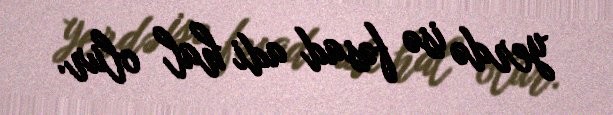
yerdə isə fəsad adi hal olur.